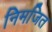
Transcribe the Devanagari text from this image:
निमजित